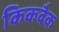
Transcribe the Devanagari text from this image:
किकबैक